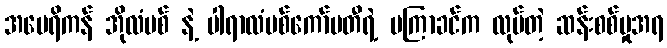
အမေရိကန် အိုလံပစ် နဲ့ ပါရာလံပစ်ကော်မတီရဲ့ မကြာခင်က လုပ်တဲ့ ဆန်းစစ်မှုအရ